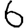
Digit: 6